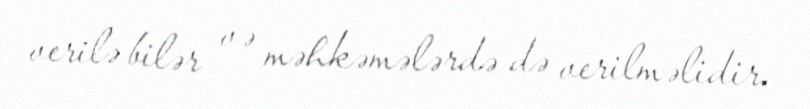
verilə bilər və məhkəmələrdə də verilməlidir.